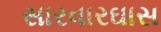
સારવારઘાસ